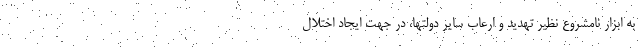
به ابزار نامشروع نظیر تهدید و ارعاب سایر دولتها، در جهت ایجاد اختلال